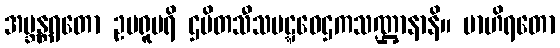
အဗ္ဘန္တရတော ဥပရူပရိ ဌပိတသီသပဋ္ဋဝေဌကသဏ္ဌာနာနိ။ ဗာဟိရတော